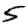
Digit: 5